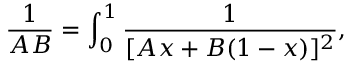
\frac { 1 } { A B } = \int _ { 0 } ^ { 1 } \frac { 1 } { [ A x + B ( 1 - x ) ] ^ { 2 } } ,